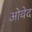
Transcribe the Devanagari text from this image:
ओवेद